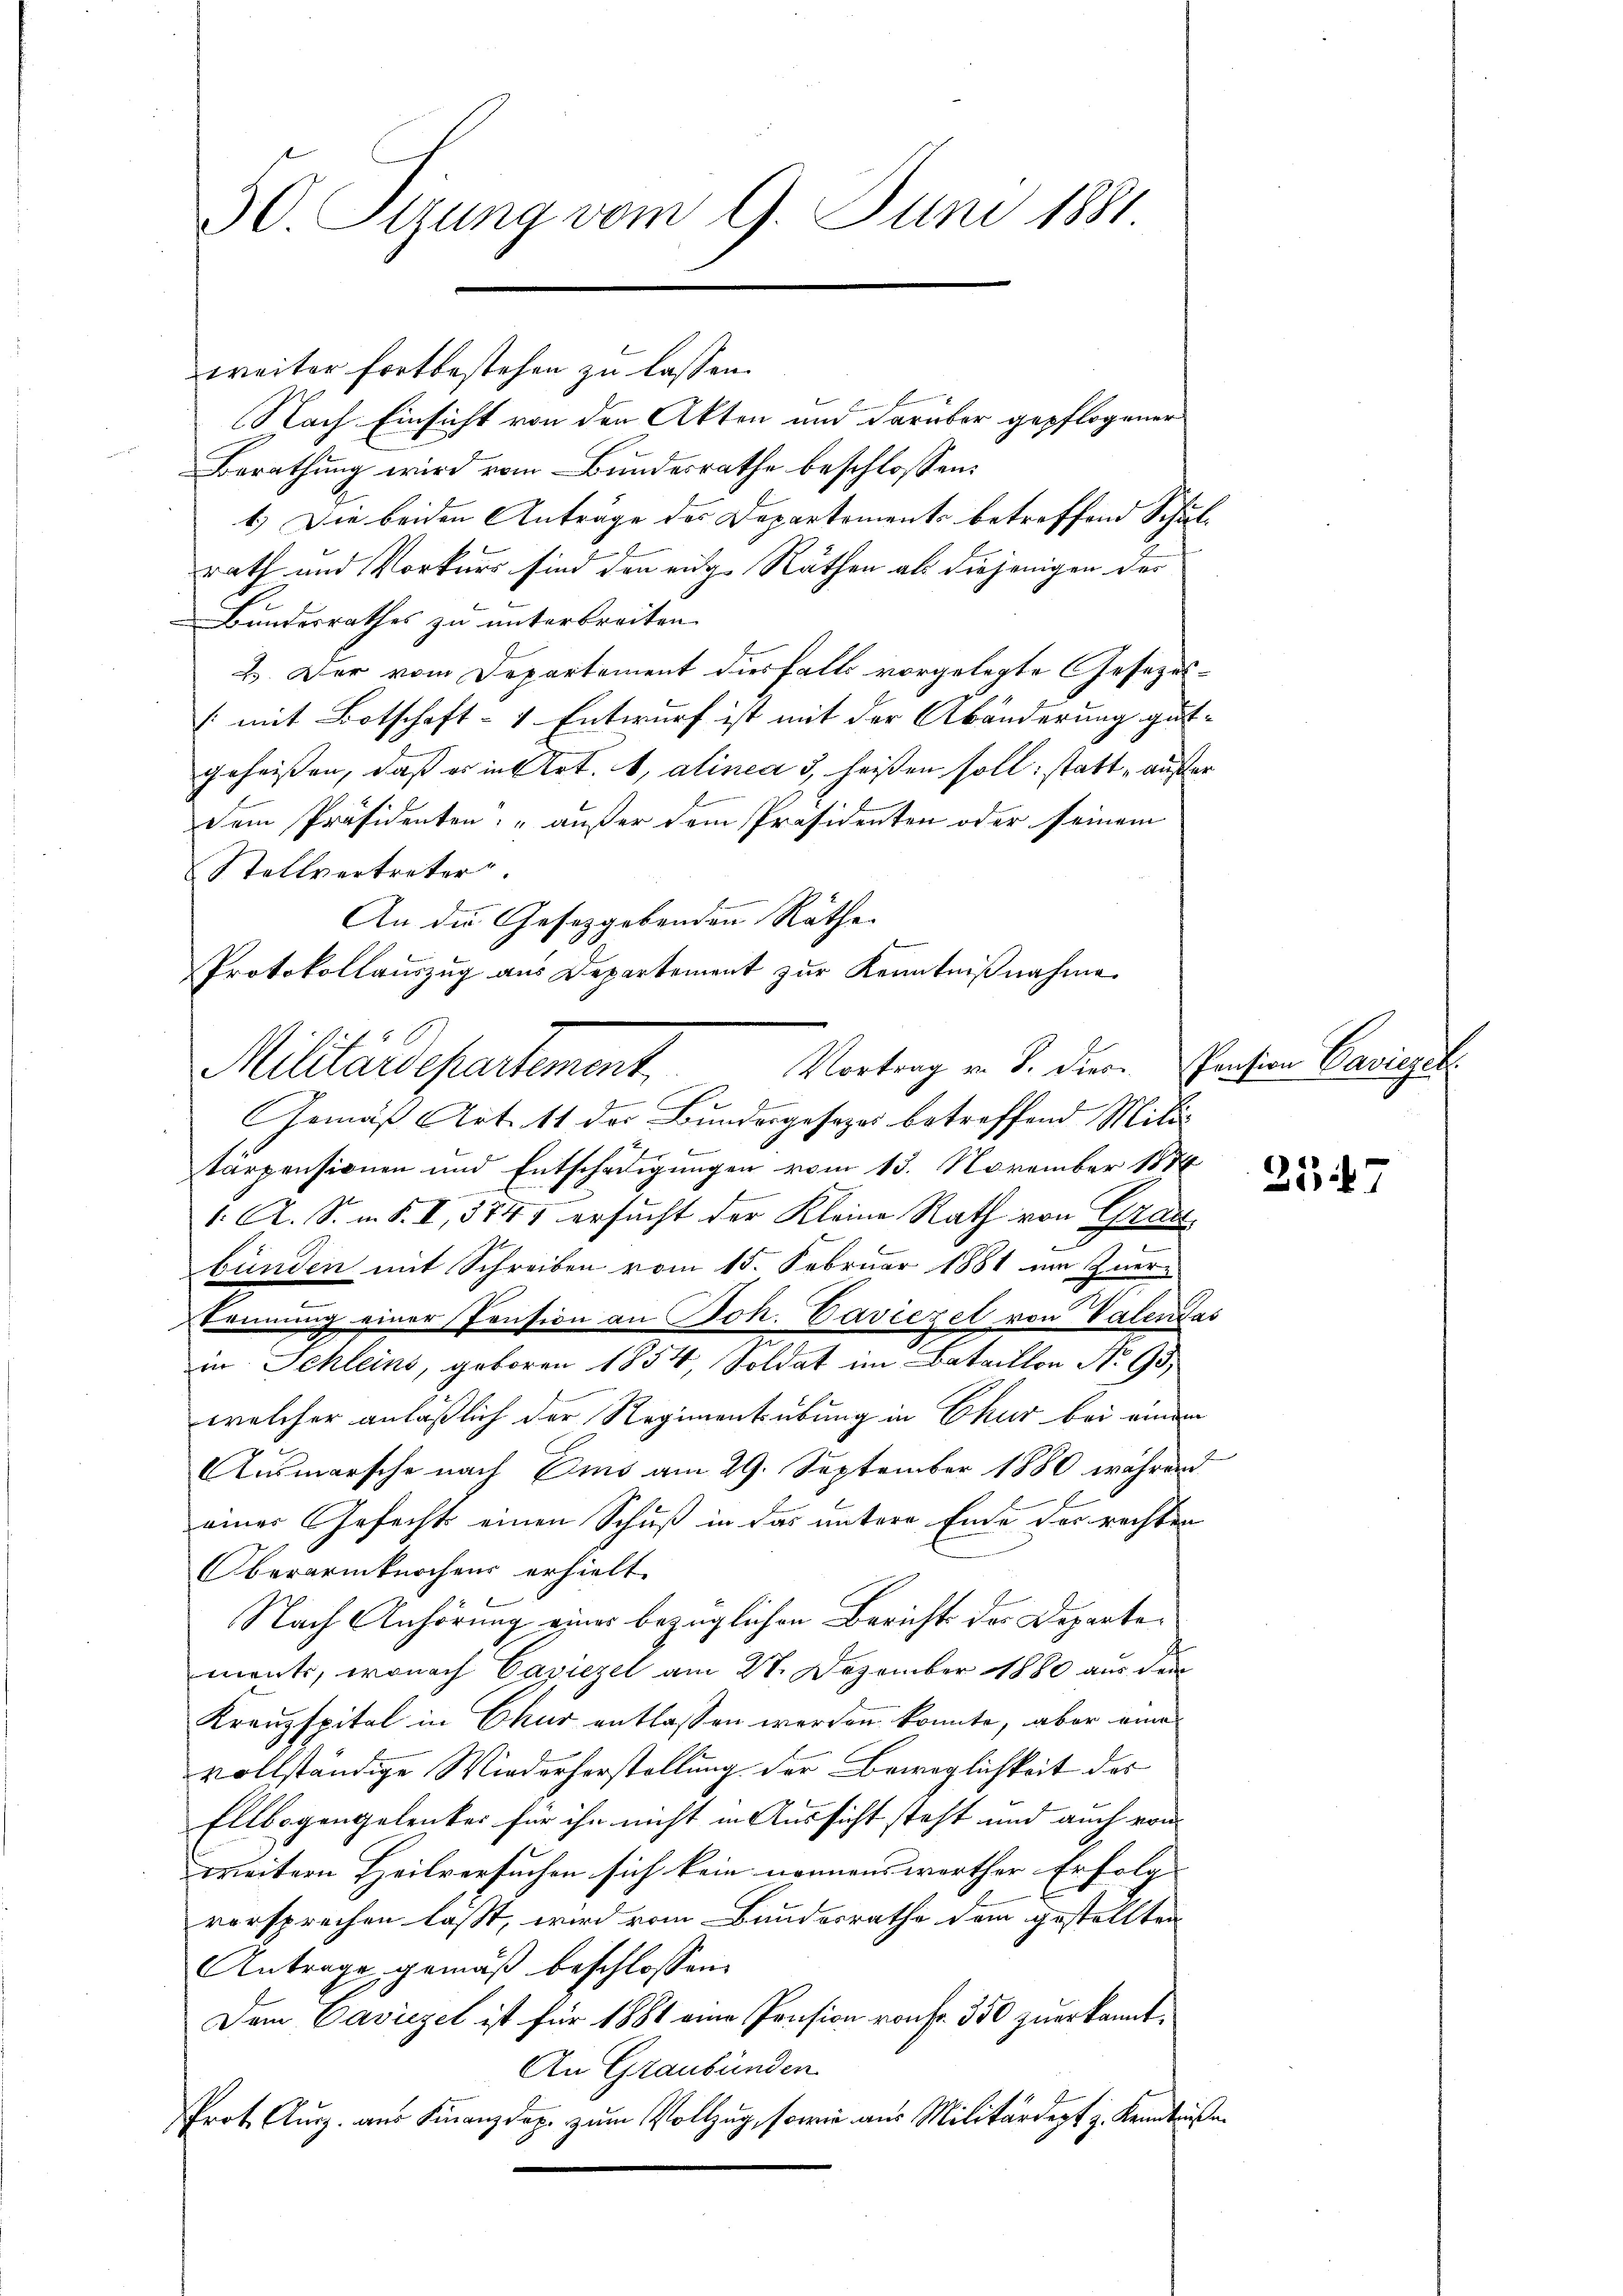
30. Ottung vom 9. Juni 1881

Nach Einsicht von den Akten und darüber gepflogener
Berathung wird vom Bundesrathe beschlossen:
1.) Die beiden Anträge des Departements betreffend Schulrath und Vorkurs sind den eige Räthen als diejenigen der
Bundesrathes zu unterbreiten.
2. Der vom Departement diesfalls vorgelegte Gesezes¬
[mit Botschaft- & Entwurf ist mit der Abänderung gutgeheißen, daß er in Art. 1, alinea 3, heißen soll: statt „außerdem Präsidenten: „außer dem Präsidenten oder seinem
Stellvertreter.
An die Gesetzgebenden Räthe
.
Gemäß Art. 11 des Bundesgesezes betreffend Mili¬
E
tarpensionen und Entschädigungen vom 15. November 1874
1. A. S. m. S. I, 5745 ersucht der Kleine Rath von Graut
bünden mit Schreiben vom 15. Februar 1881 im Zuer-
kennung einer Pension an Joh. Caviezel von Valendas
in Schleins, geboren 1854 Soldat im Bataillon Nr. 95
welcher anläßlich der Regimentsübung in Chur bei einem
Ausmarsche nach Ems am 29. September 1880 während
einer Gefechts einen Schuß in das untere Ende der rechten
Oberarmknochens erhielt.
Nach Anhörung eines bezüglichen Berichts des Departements, wonach Caviezel am 27. Dezember 1880 aus dem
Kreuzspital in Chur entlassen worden konnte, aber eine
vollständige Wiederherstellung der Beweglichkeit des
Ellbogengelenker für ihn nicht in Aussicht steht und auch von
weitern Heilversuchen sich kein nennenswerther Erfolg |
vorsprechen lässt, wird vom Bundesrathe dem gestellten
Antrage gemäß beschlossen:
Dem Caviezel ist für 1881 eine Pension von fr. 350 zuerkannt.
An Graubünden
Prot. Ausz. aus Finanzdap. zum Vollzug, sowie aus Militärdept z. Kenntniße.

weiter fortbestehen zu lassen.

Protokollauszug aus Departement zur Kenntnißnahme
Vortrag u. S. dies spension Caviczek
Militärdepartement,

3547